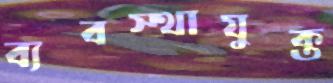
ব্যবস্থাযুক্ত